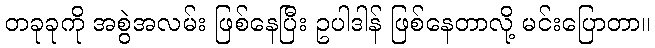
တခုခုကို အစွဲအလမ်း ဖြစ်နေပြီး ဥပါဒါန် ဖြစ်နေတာလို့ မင်းပြောတာ။